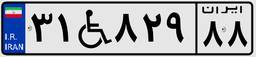
۹۸W۵۰۳۲۹